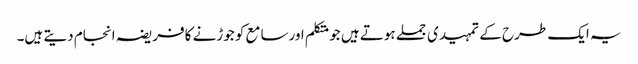
یہ ایک طرح کے تمہیدی جملے ہوتے ہیں جومتکلم اورسامع کو جوڑنے کافریضہ انجام دیتے ہیں۔